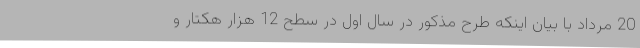
20 مرداد با بیان اینکه طرح مذکور در سال اول در سطح 12 هزار هکتار و